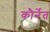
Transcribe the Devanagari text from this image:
कौर्नेत